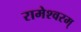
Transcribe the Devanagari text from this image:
रामेश्वरम्‌